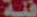
فة